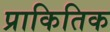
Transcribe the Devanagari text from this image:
प्राकितिक